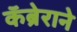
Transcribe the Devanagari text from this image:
कॅब्रेराने